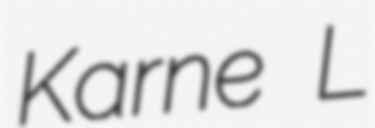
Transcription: Karne L